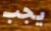
يجب